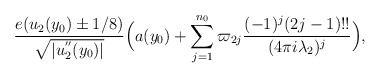
\begin{align*}\frac{e(u_2(y_0)\pm{1}/{8})}{\sqrt{|u_2^{''}(y_0)|}}\Big( a(y_0) + \sum_{j=1}^{n_0}\varpi_{2j}\frac{(-1)^{j}(2j-1)!!}{(4\pi i\lambda_2)^j} \Big),\end{align*}